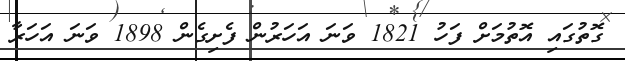
ގޮތުގައި އޮތުމަށް ފަހު 1821 ވަނަ އަހަރުން ފެށިގެން 1898 ވަނަ އަހަރާ